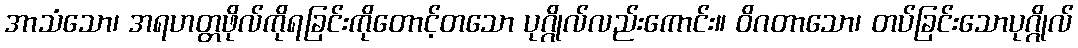
အာသံသော၊ အရဟတ္တဖိုလ်ကိုရခြင်းကိုတောင့်တသော ပုဂ္ဂိုလ်လည်းကောင်း။ ဝိဂတာသော၊ တပ်ခြင်းသောပုဂ္ဂိုလ်